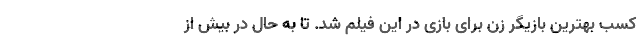
کسب بهترین بازیگر زن برای بازی در این فیلم شد. تا به حال در بیش از